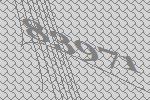
83971